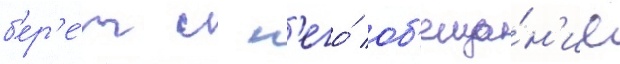
б'ер'е́т с н'его́ об'еща́н'ие